Vaccination report Assam 1896-1927 - 1896-1927
Year: 1896
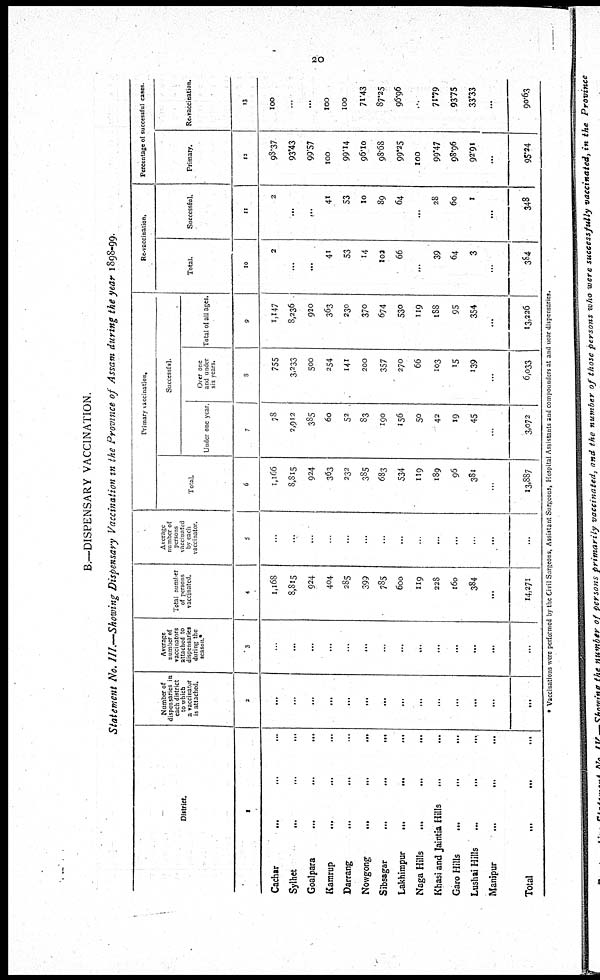
20
B.—DISPENSARY VACCINATION.
Statement No. III.—Showing Dispensary Vaccination in the Province of Assam during the year 1898-99.
District.
1
Cachar... ... ...
Sylhet... ... ...
Goalpara... ... ...
Kamrup... ... ...
Darrang... ... ...
Nowgong...
...
...
...
Sibsagar...
...
...
Lakhimpur...
...
...
Naga Hills... ...
Khasi and Jaintia Hills... ...
Garo Hills... ...
Lushai Hills... ...
Manipur...
...
...
Total...
Number of
dispensaries in
each district
to which
a vaccinator
is attached.
2
...
...
...
...
...
...
...
...
...
...
...
...
...
...
Average
number of
vaccinators
attached to
dispensaries
during the
season.*
3
...
...
...
...
...
...
...
...
...
...
...
...
...
...
Total number
of persons
vaccinated.
4
1,168
8,815
924
404
285
399
785
600
119
228
160
384
...
14,271
Average
number of
persons
vaccinated
by each
vaccinator.
5
...
...
...
...
...
...
...
...
...
...
...
...
...
...
Primary vaccination.
Total.
6
1,166
8,815
924
303
232
385
683
534
119
189
96
381
...
13,887
Successful.
Under one year
7
78
2,912
385
60
52
83
190
156
50
42
19
45
...
3,072
Over one
and under
six years.
8
755
3,233
500
254
141
200
357
270
66
103
15
139
...
6,033
Total of all ages.
9
1,147
8,236
920
363
230
370
674
530
119
188
95
354
...
13,226
Re-vaccination,
Totat.
10
2
...
...
41
53
14
102
66
...
39
64
3
...
384
Successful.
11
2
...
...
41
53
10
89
64
...
28
60
1
...
348
Percentage of successful cases.
Primary.
12
98.37
93.43
99.57
100
99.14
96.10
98.68
99.25
100
99.47
98.96
92.91
...
95.24
Re-vaccination.
13
100
...
...
100
100
71.43
87.25
96.96
...
71.79
93.75
33.33
...
90.63
* Vaccinations were performed by the Civil Surgeons, Assistant Surgeons, Hospital Assistants and compounders at and near dispensaries.